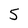
Character: 5